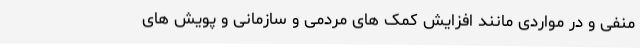
منفی و در مواردی مانند افزایش کمک های مردمی و سازمانی و پویش های